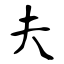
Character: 夫